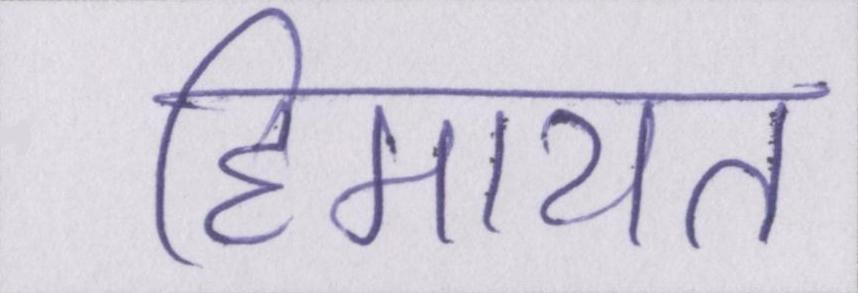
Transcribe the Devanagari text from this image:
हिमायत